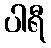
ပါရီ